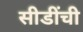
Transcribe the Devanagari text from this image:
सीडींची